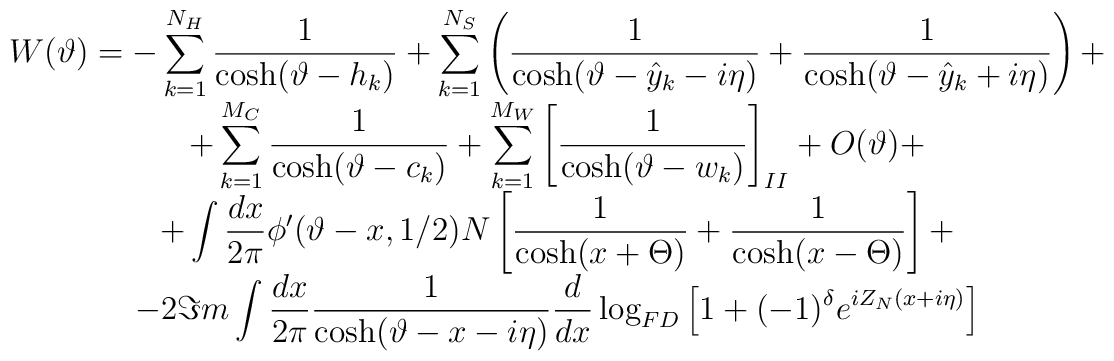
\begin{array}{c}\displaystyle W(\vartheta )=-\displaystyle\sum ^{N_{H}}_{k=1}\displaystyle\frac{1}{\cosh (\vartheta -h_{k})}+\displaystyle\sum ^{N_{S}}_{k=1}\left( \displaystyle\frac{1}{\cosh (\vartheta -\hat{y}_{k}-i\eta )}+\displaystyle\frac{1}{\cosh (\vartheta -\hat{y}_{k}+i\eta )}\right) +\\+\displaystyle\sum ^{M_{C}}_{k=1}\displaystyle\frac{1}{\cosh (\vartheta -c_{k})}+\displaystyle\sum ^{M_{W}}_{k=1}\left[ \displaystyle\frac{1}{\cosh (\vartheta -w_{k})}\right] _{II}+O(\vartheta )+\\+\displaystyle\int \displaystyle\frac{dx}{2\pi }\phi '(\vartheta -x,1/2)N\left[ \displaystyle\frac{1}{\cosh (x+\Theta )}+\displaystyle\frac{1}{\cosh (x-\Theta )}\right] +\\-2\Im m\displaystyle\int \displaystyle\frac{dx}{2\pi }\displaystyle\frac{1}{\cosh (\vartheta -x-i\eta )}\displaystyle\frac{d}{dx}\log _{FD}\left[ 1+(-1)^{\delta }e^{iZ_{N}(x+i\eta )}\right] \end{array}